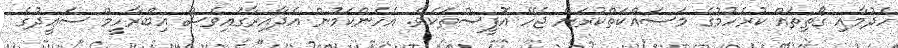
ހެދުމާއި ގޯތިތައް ކުރެހުމުގެ މަސައްކަތްކުރަން ޖެހޭ އޮފީސްތަކެވެ. އެހެންކަމުން އެދާއިރާގައިވެސް އިބްރާހީމް ސަޢީދުގެ